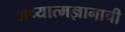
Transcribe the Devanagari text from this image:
अध्यात्मज्ञानाची